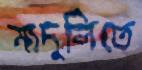
মাদুলিতে